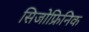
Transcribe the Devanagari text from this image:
सिजोफ्रिनिक